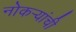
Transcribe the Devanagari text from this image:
नोकर्‍यांची